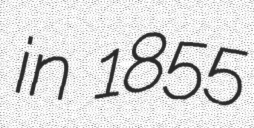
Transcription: in 1855